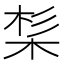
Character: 𣒡